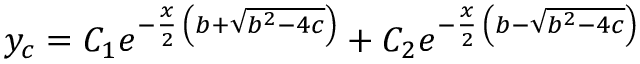
y _ { c } = C _ { 1 } e ^ { - { \frac { x } { 2 } } \, \left( b + { \sqrt { b ^ { 2 } - 4 c } } \right) } + C _ { 2 } e ^ { - { \frac { x } { 2 } } \, \left( b - { \sqrt { b ^ { 2 } - 4 c } } \right) }